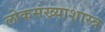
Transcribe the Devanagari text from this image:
लोकसंख्याशास्त्र